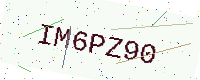
Text: IM6PZ90